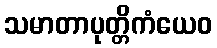
သမာတာပုတ္တိကံယေဝ